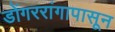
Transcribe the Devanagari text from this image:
डोंगररांगापासून